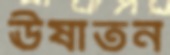
ঊষাতন